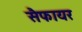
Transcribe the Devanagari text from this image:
सैफायर